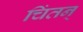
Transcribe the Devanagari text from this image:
चिंतन्